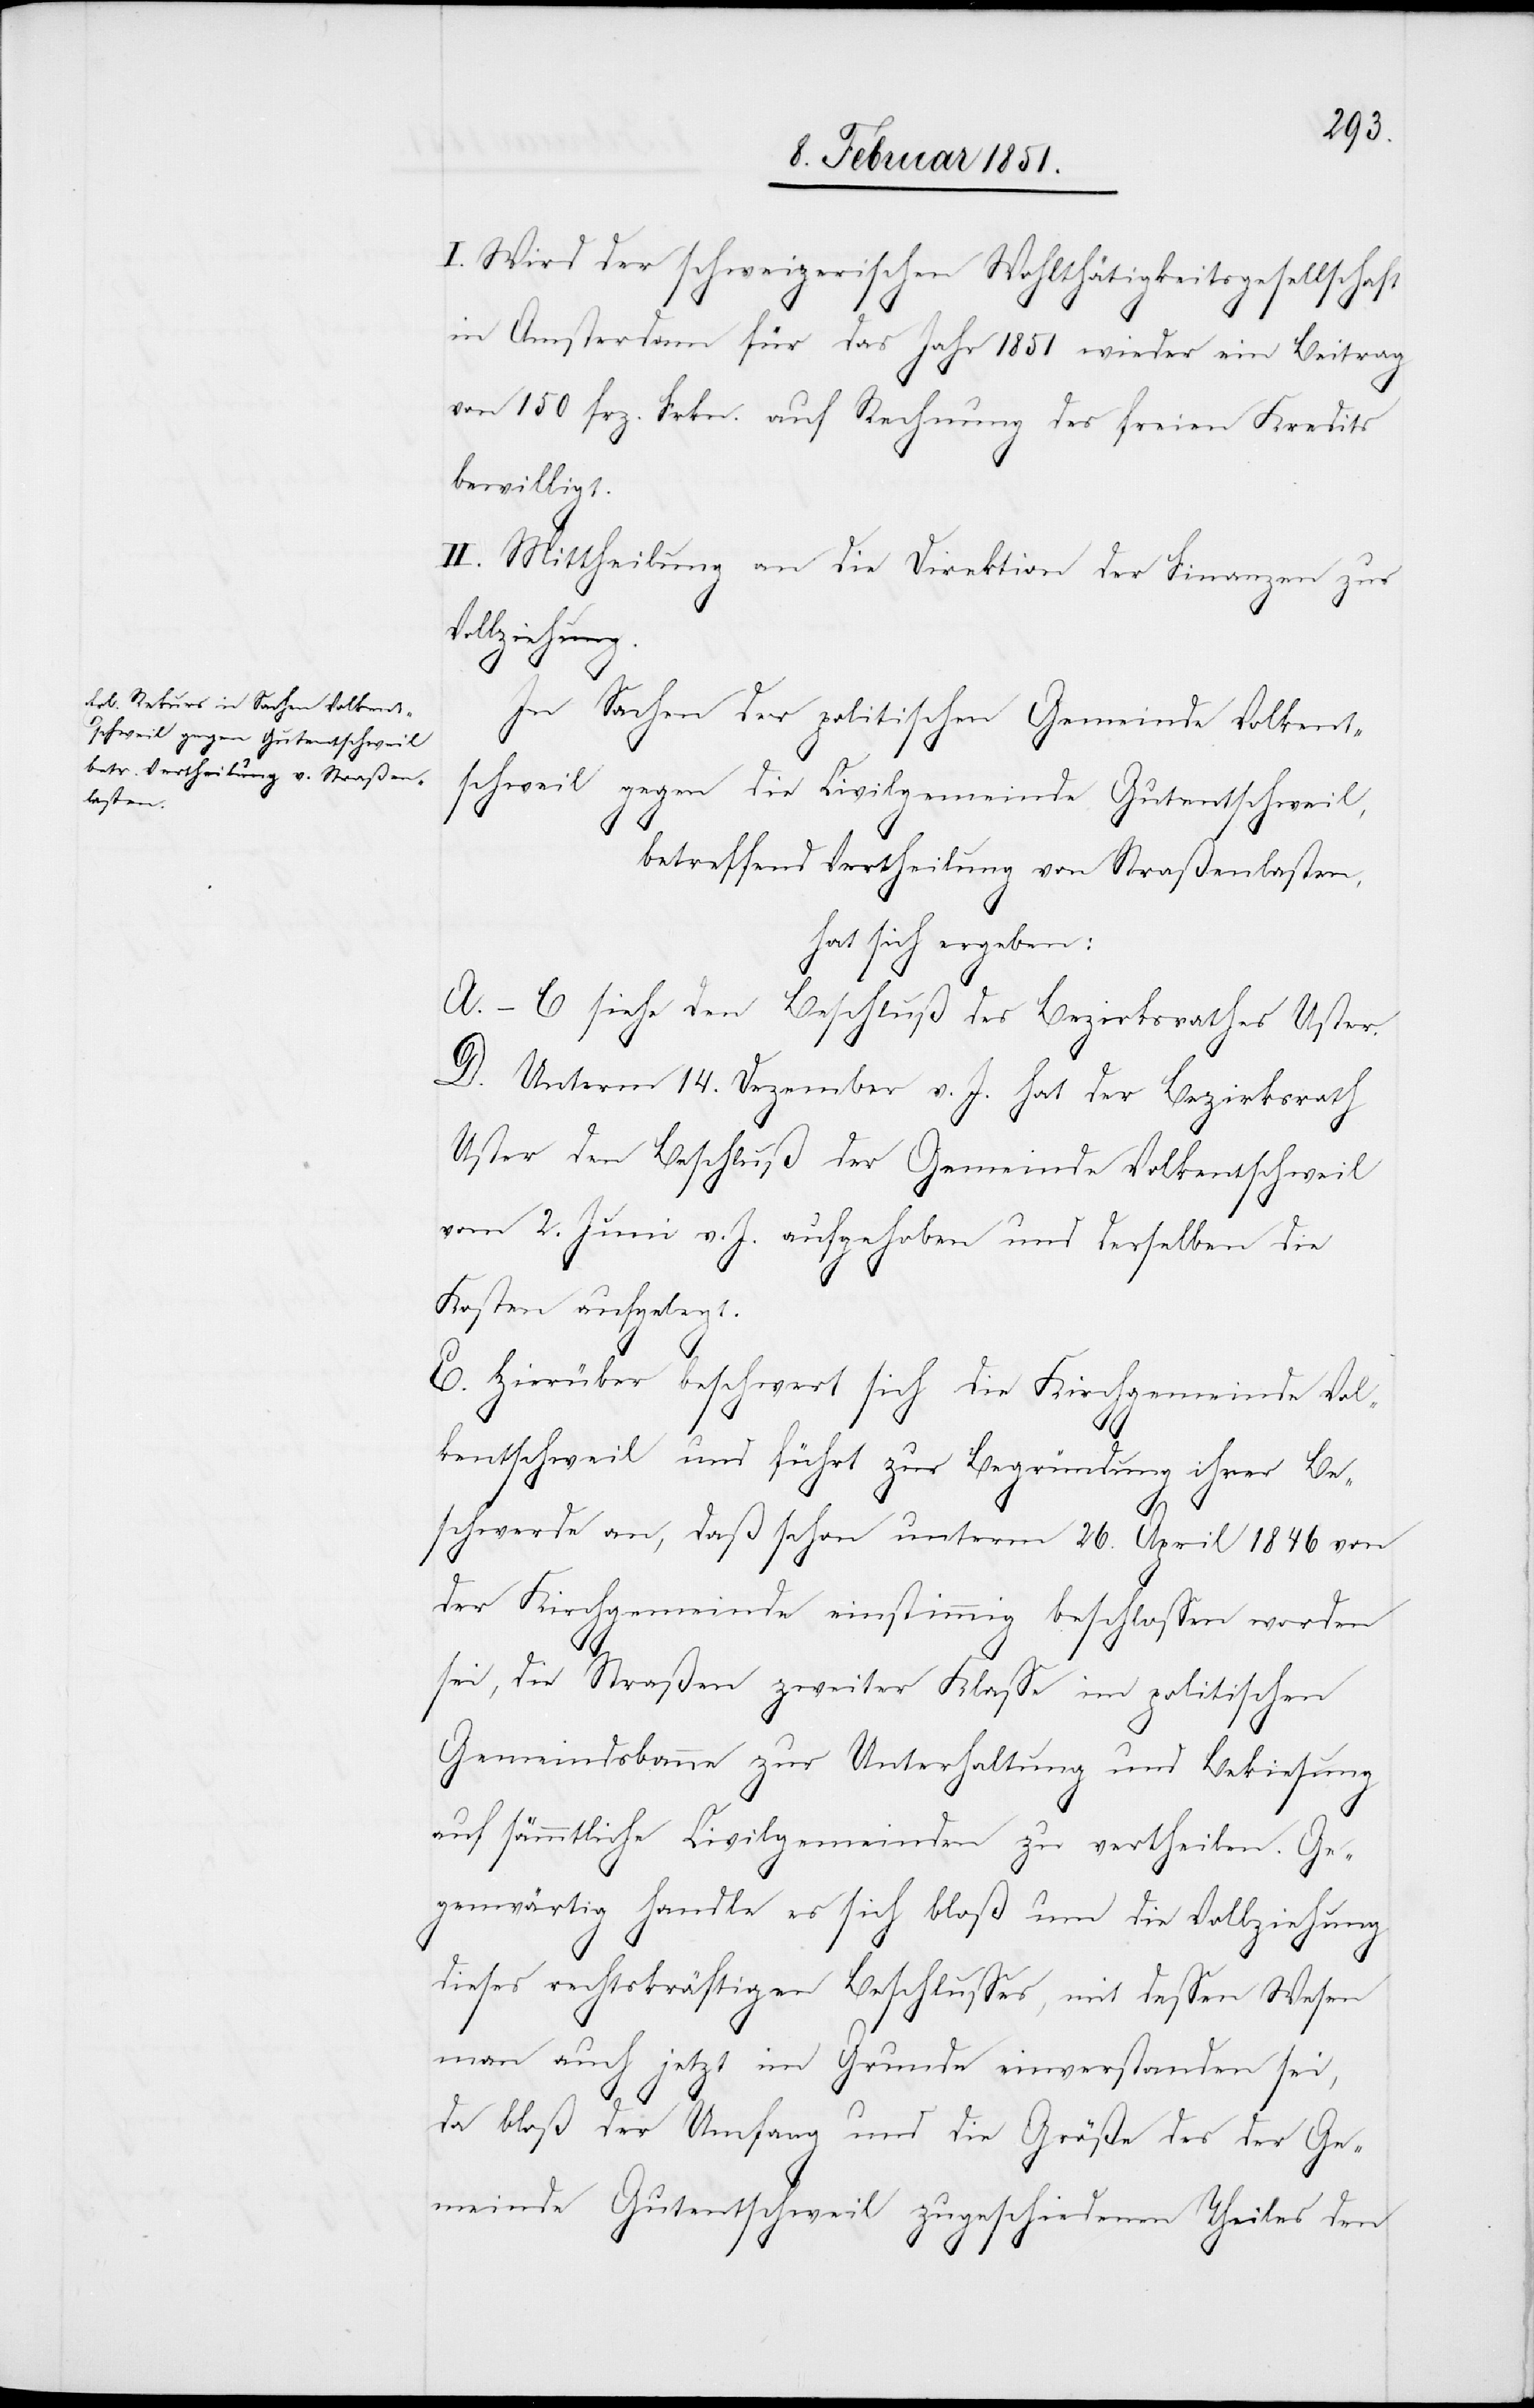
I. Wird der schweizerischen Wohlthätigkeitsgesellschaft
in Amsterdam für das Jahr 1851 wieder ein Beitrag
von 150 frz. Frkn. auf Rechnung des freien Kredits
bewilligt.
II. Mittheilung an die Direktion der Finanzen zur
Vollziehung.
In Sachen der politischen Gemeinde Volkent¬
schweil gegen die Civilgemeinde Gutentschweil,
betreffend Vertheilung von Straßenlasten,
hat sich ergeben:
A.–C siehe den Beschluß des Bezirksrathes Uster.
D. Unterm 14. Dezember v. J. hat der Bezirksrath
Uster den Beschluß der Gemeinde Volkentschweil
vom 2. Juni v. J. aufgehoben und derselben die
Kosten aufgelegt.
E. Hierüber beschwert sich die Kirchgemeinde Vol¬
kentschweil und führt zur Begründung ihrer Be¬
schwerde an, daß schon unterm 26. April 1846 von
der Kirchgemeinde einstimmig beschlossen worden
sei, die Straßen zweiter Klasse im politischen
Gemeindsbanne zur Unterhaltung und Bekiesung
auf sämmtliche Civilgemeinden zu vertheilen. Ge¬
genwärtig handle es sich bloß um die Vollziehung
dieses rechtskräftigen Beschlusses, mit dessen Wesen
man auch jetzt im Grunde einverstanden sei,
da bloß der Umfang und die Größe des der Ge¬
meinde Gutentschweil zugeschiedenen Theiles den